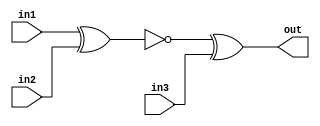
// This program was cloned from: https://github.com/matthlud/HDLBits
// License: Apache License 2.0

module top_module (
    input in1,
    input in2,
    input in3,
    output out);
    
    wire one;
    assign one = !(in1^in2); 
    assign out = one^in3;

endmodule